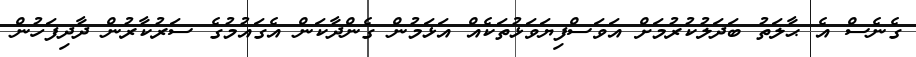
ގެނެސް އެ ޙާލަތު ބަދަލުކުރުމަށް އަވަސްފިޔަވަޅުތަކެއް އަޅަމުން ގެންދާކަން އެގައުމުގެ ސަރުކާރުން ދާދިފަހުން